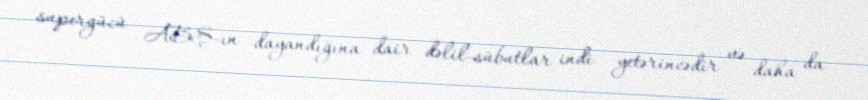
supergücü ABŞ-ın dayandığına dair dəlil-sübutlar indi yetərincədir və daha da